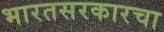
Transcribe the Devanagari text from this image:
भारतसरकारचा